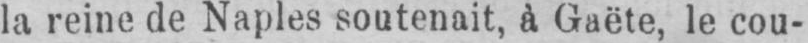
la reine de Naples soutenait, à Gaëte, le cou-